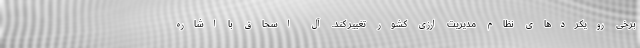
برخی رویکردهای نظام مدیریت ارزی کشور تغییر کند. آل اسحاق با اشاره